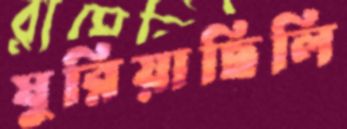
ঘুরিয়াছিলি